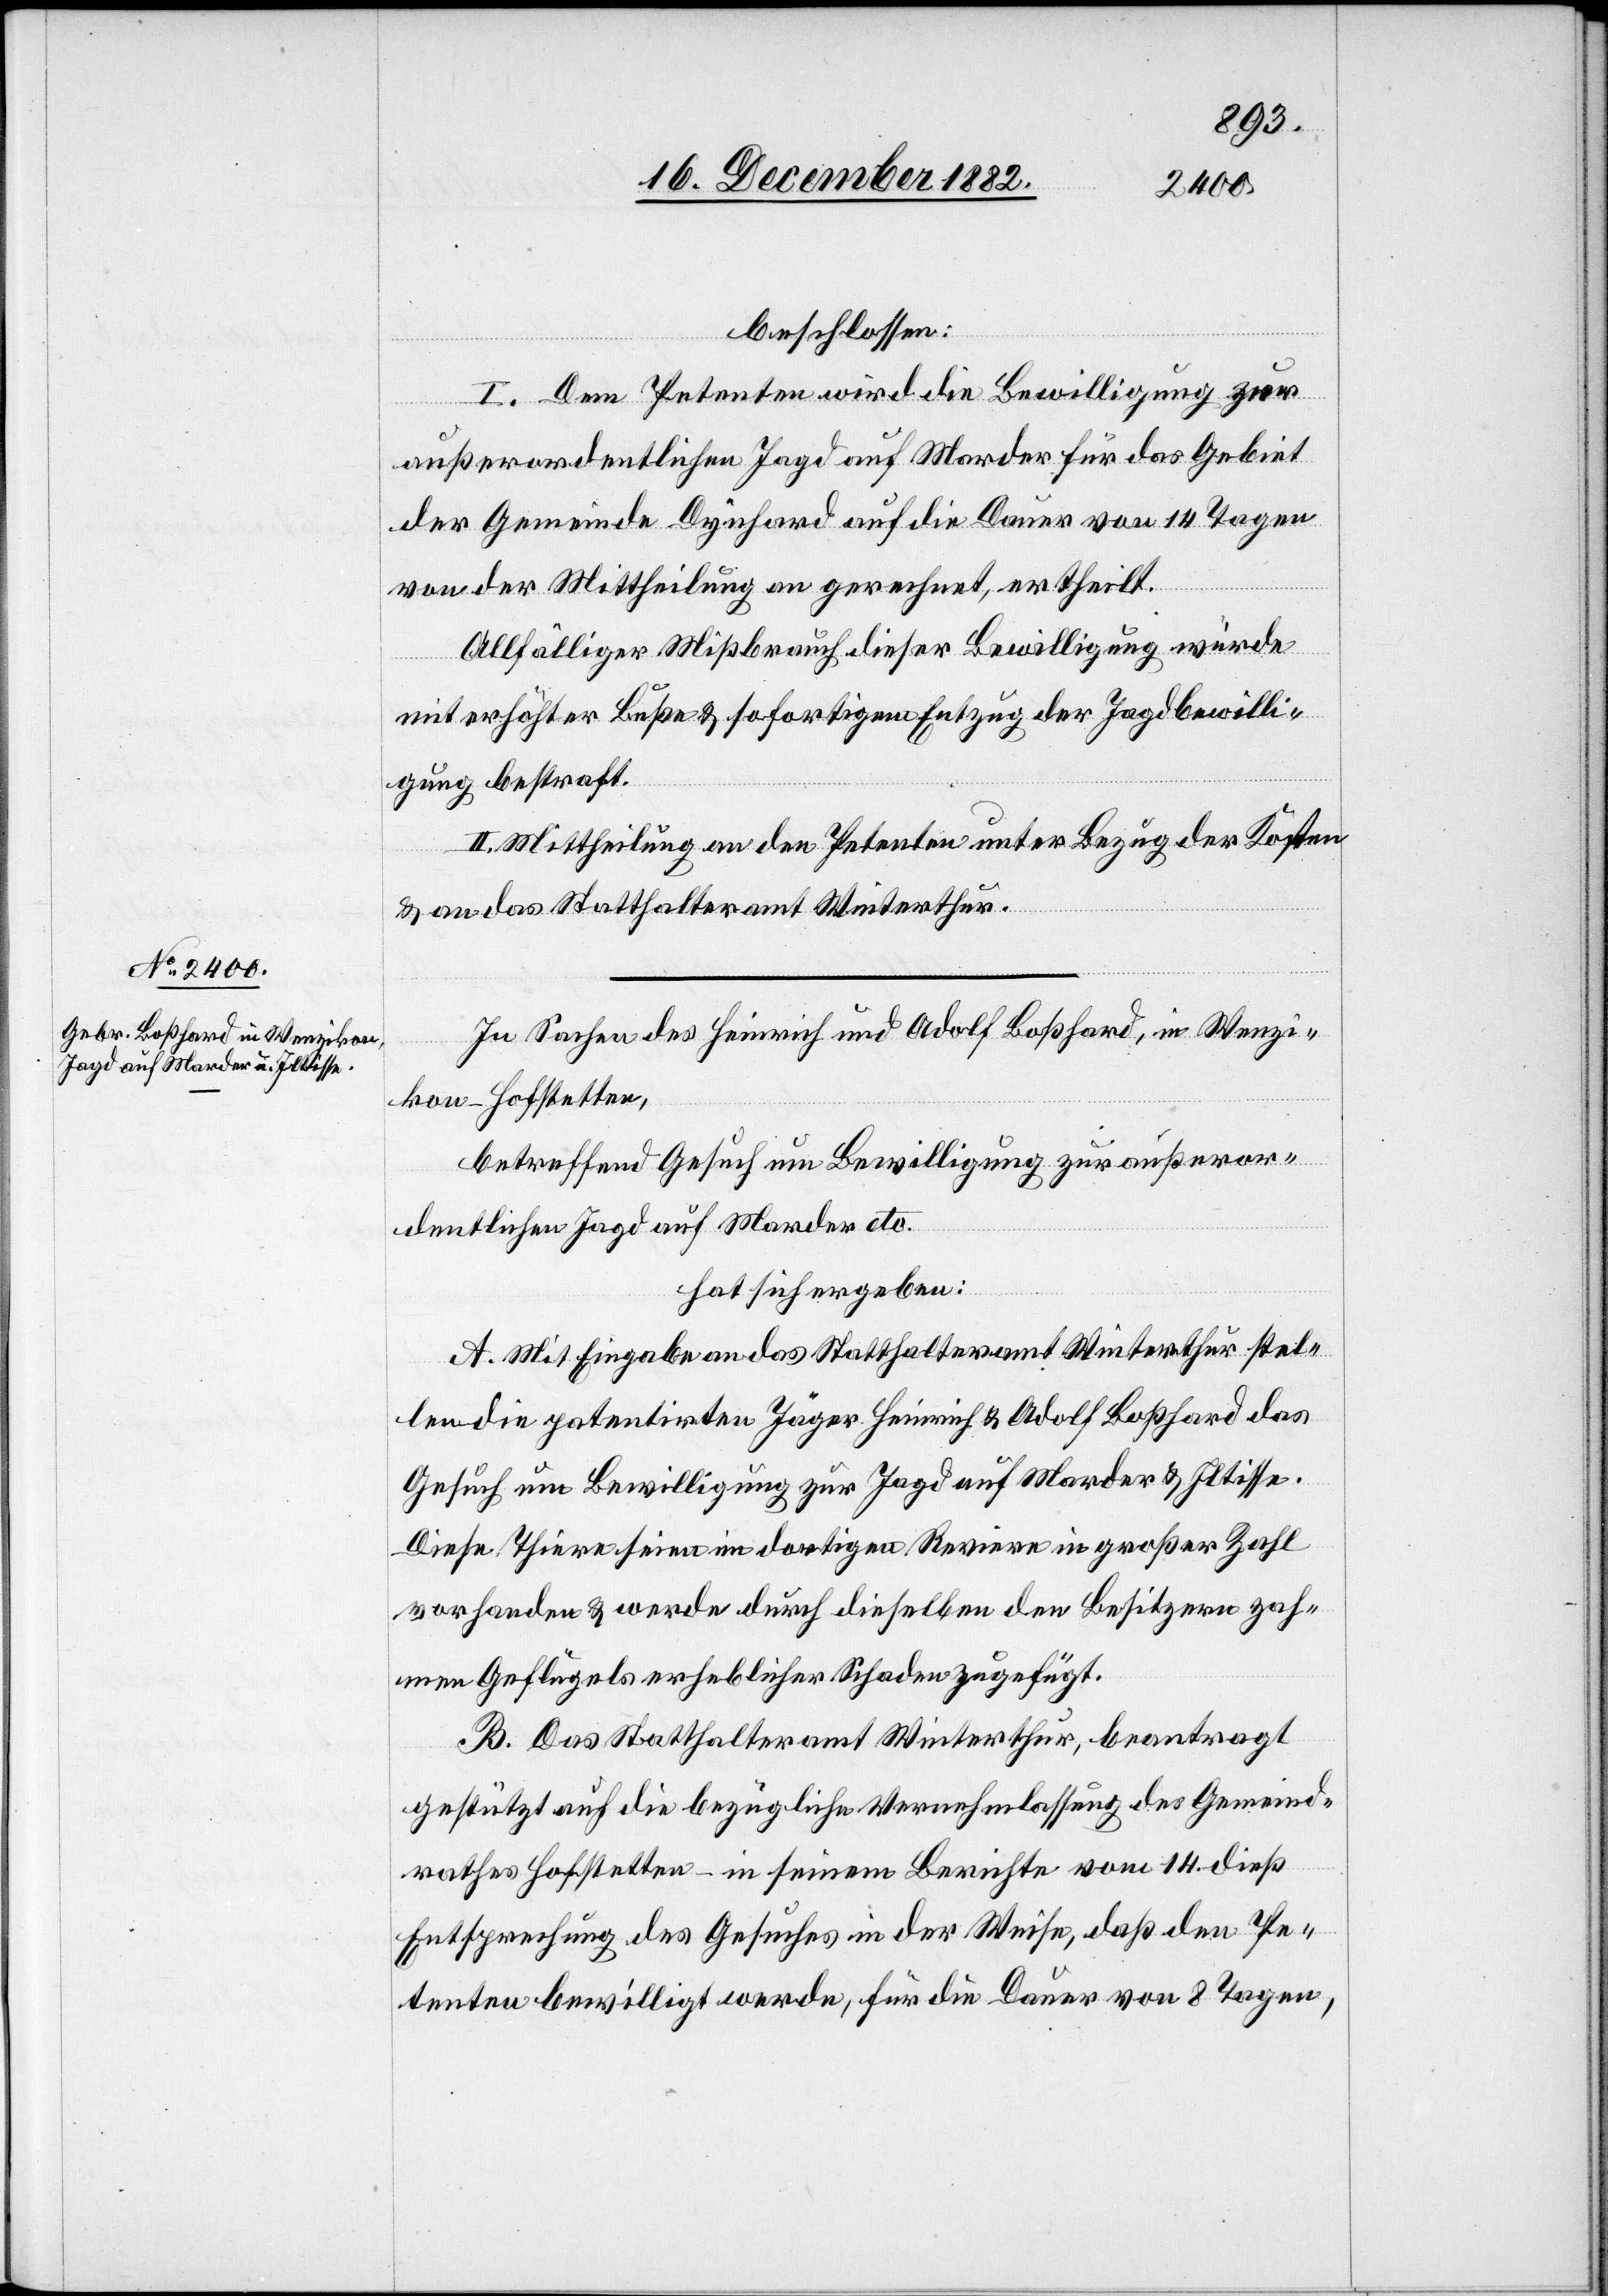
beschlossen:
I. Dem Petenten wird die Bewilligung zur
außerordentlichen Jagd auf Marder für das Gebiet
der Gemeinde Dynhard auf die Dauer von 14 Tagen
von der Mittheilung an gerechnet, ertheilt.
Allfälliger Mißbrauch dieser Bewilligung würde
mit erhöhter Buße & sofortigem Entzug der Jagdbewilli¬
gung bestraft.
II. Mittheilung an den Petenten unter Bezug der Kosten
& an das Statthalteramt Winterthur.
In Sachen des Heinrich und Adolf Boßhard, in Wenzi¬
kon - Hofstetten,
betreffend Gesuch um Bewilligung zur außeror¬
dentlichen Jagd auf Marder etc.
hat sich ergeben:
A. Mit Eingabe an das Statthalteramt Winterthur stel¬
len die patentirten Jäger Heinrich & Adolf Boßhard das
Gesuch um Bewilligung zur Jagd auf Marder & Iltisse.
Diese Thiere seien im dortigen Reviere in großer Zahl
vorhanden & werde durch dieselben den Besitzern zah¬
men Geflügels erheblicher Schaden zugefügt.
B. Das Statthalteramt Winterthur, beantragt
gestützt auf die bezügliche Vernehmlassung des Gemeind¬
rathes Hofstetten – in seinem Berichte vom 14. dieß
Entsprechung des Gesuches in der Weise, daß den Pe¬
tenten bewilligt werde, für die Dauer von 8 Tagen,